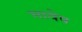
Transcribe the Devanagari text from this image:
भावेष